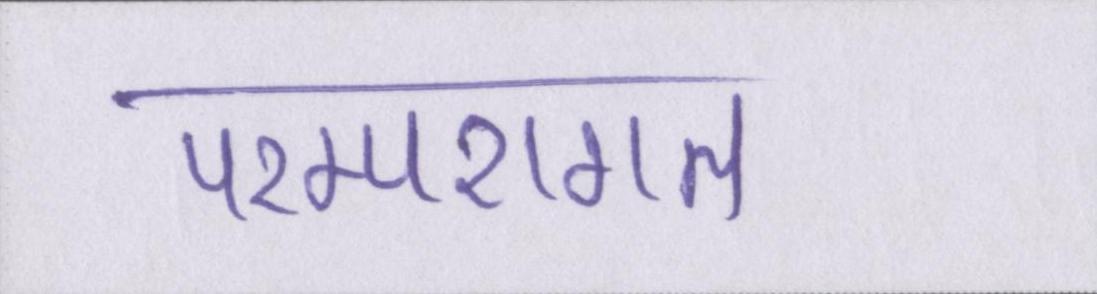
परम्परागत